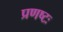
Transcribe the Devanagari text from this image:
प्रणष्टः